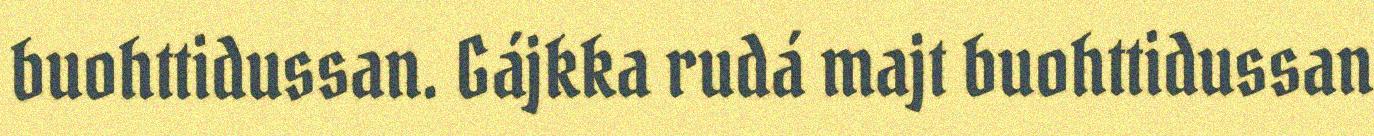
buohttidussan. Gájkka rudá majt buohttidussan